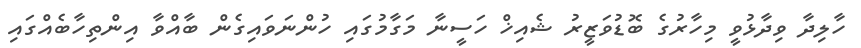
ހާލިދާ ވިދާޅުވީ މިހާރުގެ ބޮޑުވަޒީރު ޝެއިޚް ހަސީނާ މަގާމުގައި ހުންނަވައިގެން ބާއްވާ އިންތިހާބެއްގައި